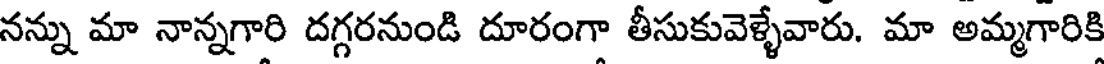
నన్ను మా నాన్నగారి దగ్గరనుండి దూరంగా తీసుకువెళ్ళేవారు. మా అమ్మగారికి